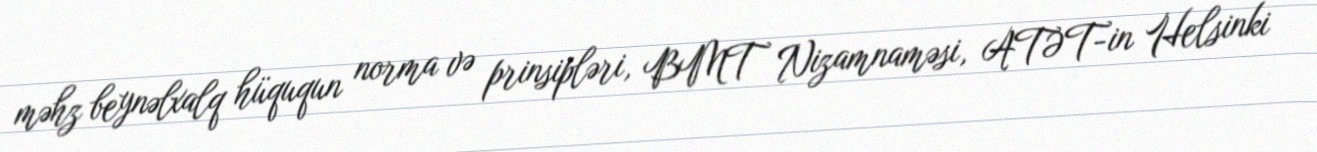
məhz beynəlxalq hüququn norma və prinsipləri, BMT Nizamnaməsi, ATƏT-in Helsinki